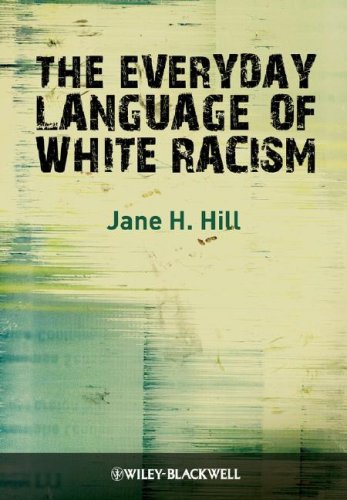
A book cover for The Everyday Language of White Racism; Jane H. Hill; Reference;